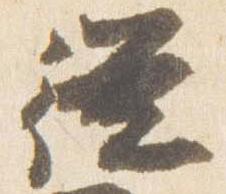
従